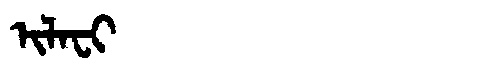
Manchu: ᡳᠯᠠᠸᡳ
Romanization: ILAFI